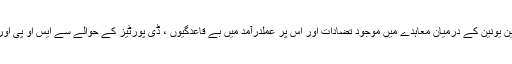
اجلاس میں ڈی پورٹیز کے حوالے سے پاکستان اور یورپین یونین کے درمیان معاہدے میں موجود تضادات اور اس پر عملدرآمد میں بے قاعدگیوں ، ڈی پورٹیز کے حوالے سے ایس او پی اورانسانی سمگلرز کے خلاف اقدامات پر تبادلہ خیال کیا گیا۔